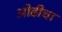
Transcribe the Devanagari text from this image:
ओढीचा